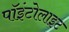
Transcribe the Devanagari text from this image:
पॉइंटोलाइट